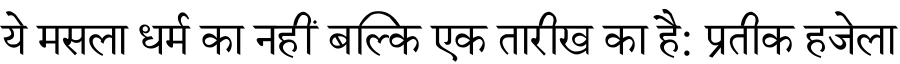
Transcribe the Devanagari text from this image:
ये मसला धर्म का नहीं बल्कि एक तारीख का है: प्रतीक हजेला